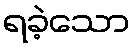
ရခဲ့သော